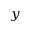
y